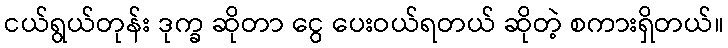
ငယ်ရွယ်တုန်း ဒုက္ခ ဆိုတာ ငွေ ပေးဝယ်ရတယ် ဆိုတဲ့ စကားရှိတယ်။